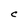
Character: c